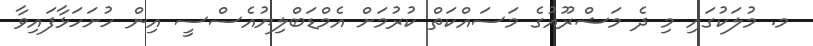
މ. މުލަކުގައި މި ދެ މަޝްރޫއުގެ މަސައްކަތް ކުރުމަށް އެމްޑަބްލިޔުއެސްސީ އިން ހުށަހަޅާފައިވާ